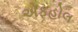
એફહોલ